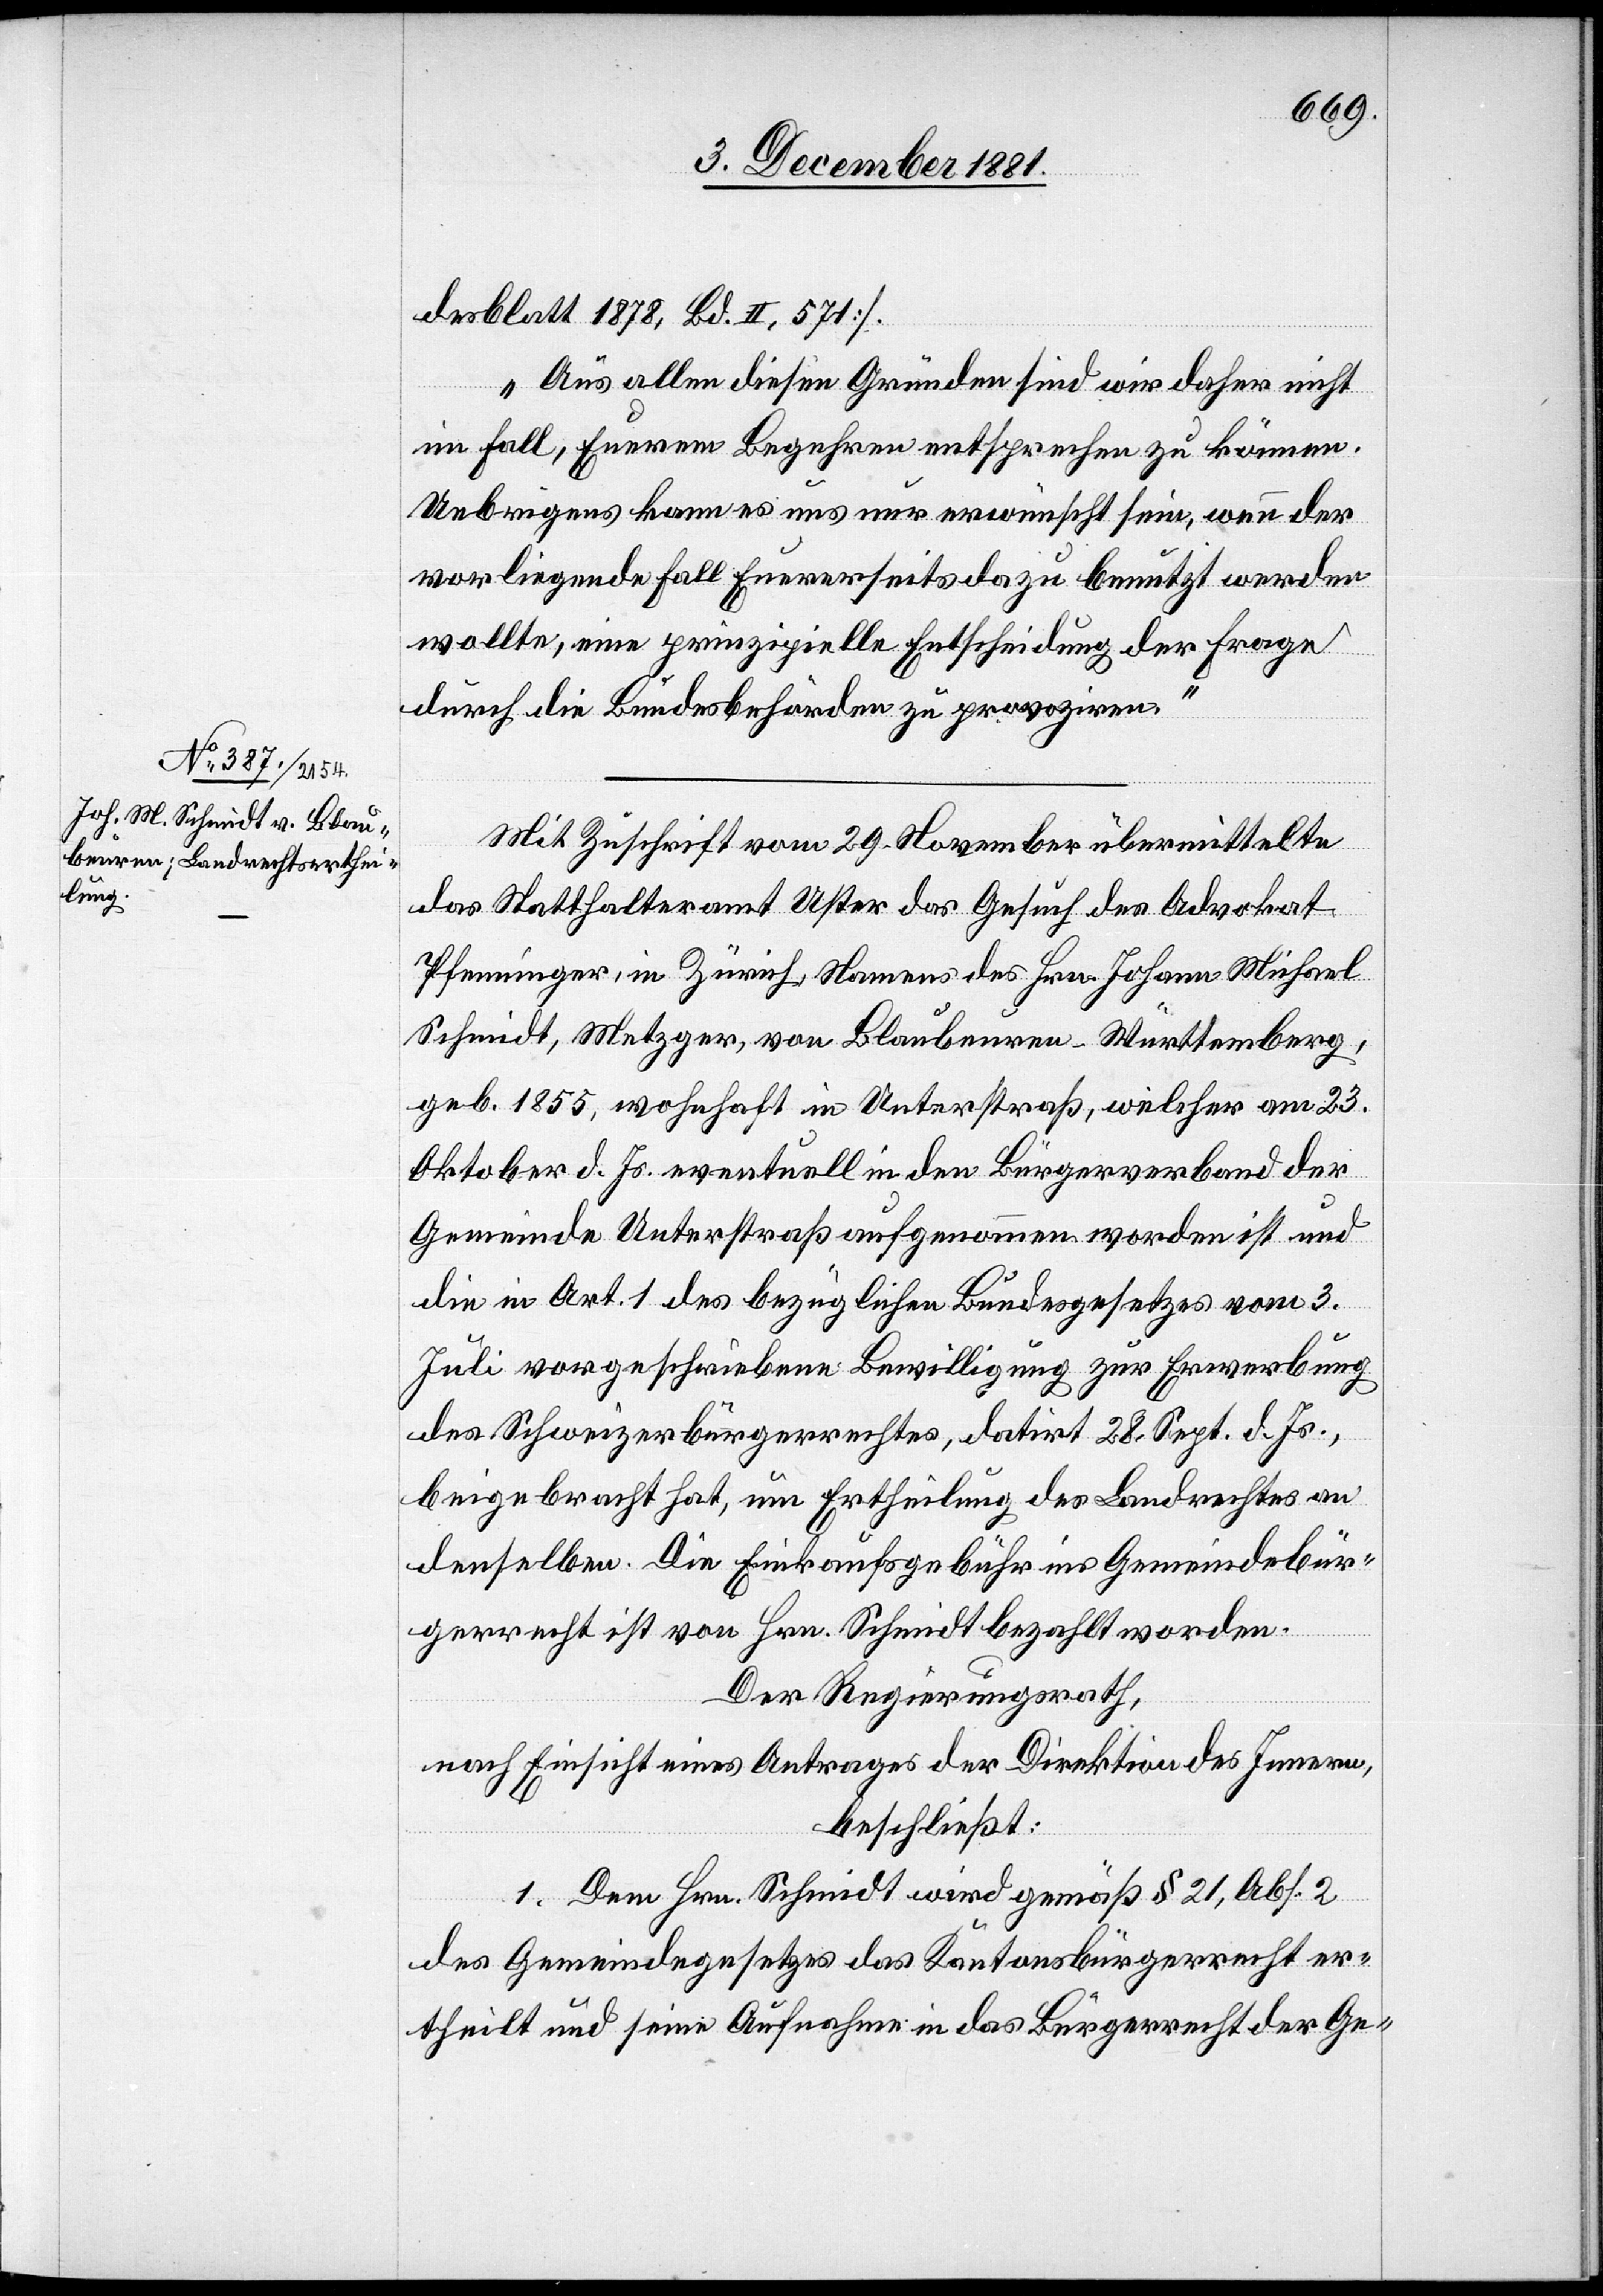
desblatt 1878, Bd. II, 571].
Aus allen diesen Gründen sind wir daher nicht
im Fall, Euerem Begehren entsprechen zu können.
Uebrigens kann es uns nur erwünscht sein, wenn der
vorliegende Fall Euererseits dazu benutzt werden
wollte, eine prinzipielle Entscheidung der Frage
durch die Bundesbehörden zu provoziren.“
Mit Zuschrift vom 29. November übermittelte
das Statthalteramt Uster das Gesuch des Advokat
Pfenninger, in Zürich, Namens des Hrn. Johann Michael
Schmidt, Metzger, von Blaubeuren - Württemberg,
geb. 1855, wohnhaft in Unterstraß, welcher am 23.
Oktober d. Js. eventuell in den Bürgerverband der
Gemeinde Unterstraß aufgenommen worden ist und
die in Art. 1 des bezüglichen Bundesgesetzes vom 3.
Juli vorgeschriebene Bewilligung zur Erwerbung
des Schweizerbürgerrechtes, datirt 28. Sept. d. Js.,
beigebracht hat, um Ertheilung des Landrechtes an
denselben. Die Einkaufsgebühr ins Gemeindebür¬
gerrecht ist von Hrn. Schmidt bezahlt worden.
Der Regierungsrath,
nach Einsicht eines Antrages der Direktion des Innern,
beschließt:
1. Dem Hrn. Schmidt wird gemäß § 21, Abs. 2
des Gemeindegesetzes das Kantonsbürgerrecht er¬
theilt und seine Aufnahme in das Bürgerrecht der Ge-